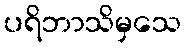
ပရိဘာသိမှသေ